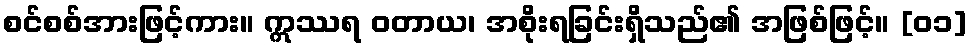
စင်စစ်အားဖြင့်ကား။ ဣဿရ ဝတာယ၊ အစိုးရခြင်းရှိသည်၏ အဖြစ်ဖြင့်။ [၀၁]